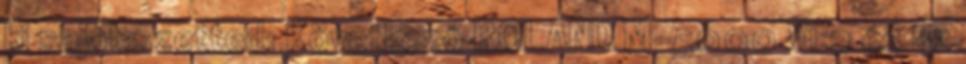
ki saját szetted: Következő ROLAND M-5000 V1.2 és az